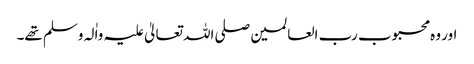
اور وہ محبوب رب العالمین صلی اللہ تعالیٰ علیہ واٰلہ وسلم تھے۔